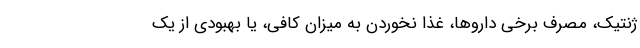
ژنتیک، مصرف برخی داروها، غذا نخوردن به میزان کافی، یا بهبودی از یک